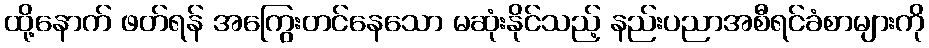
ထို့နောက် ဖတ်ရန် အကြွေးတင်နေသော မဆုံးနိုင်သည့် နည်းပညာအစီရင်ခံစာများကို